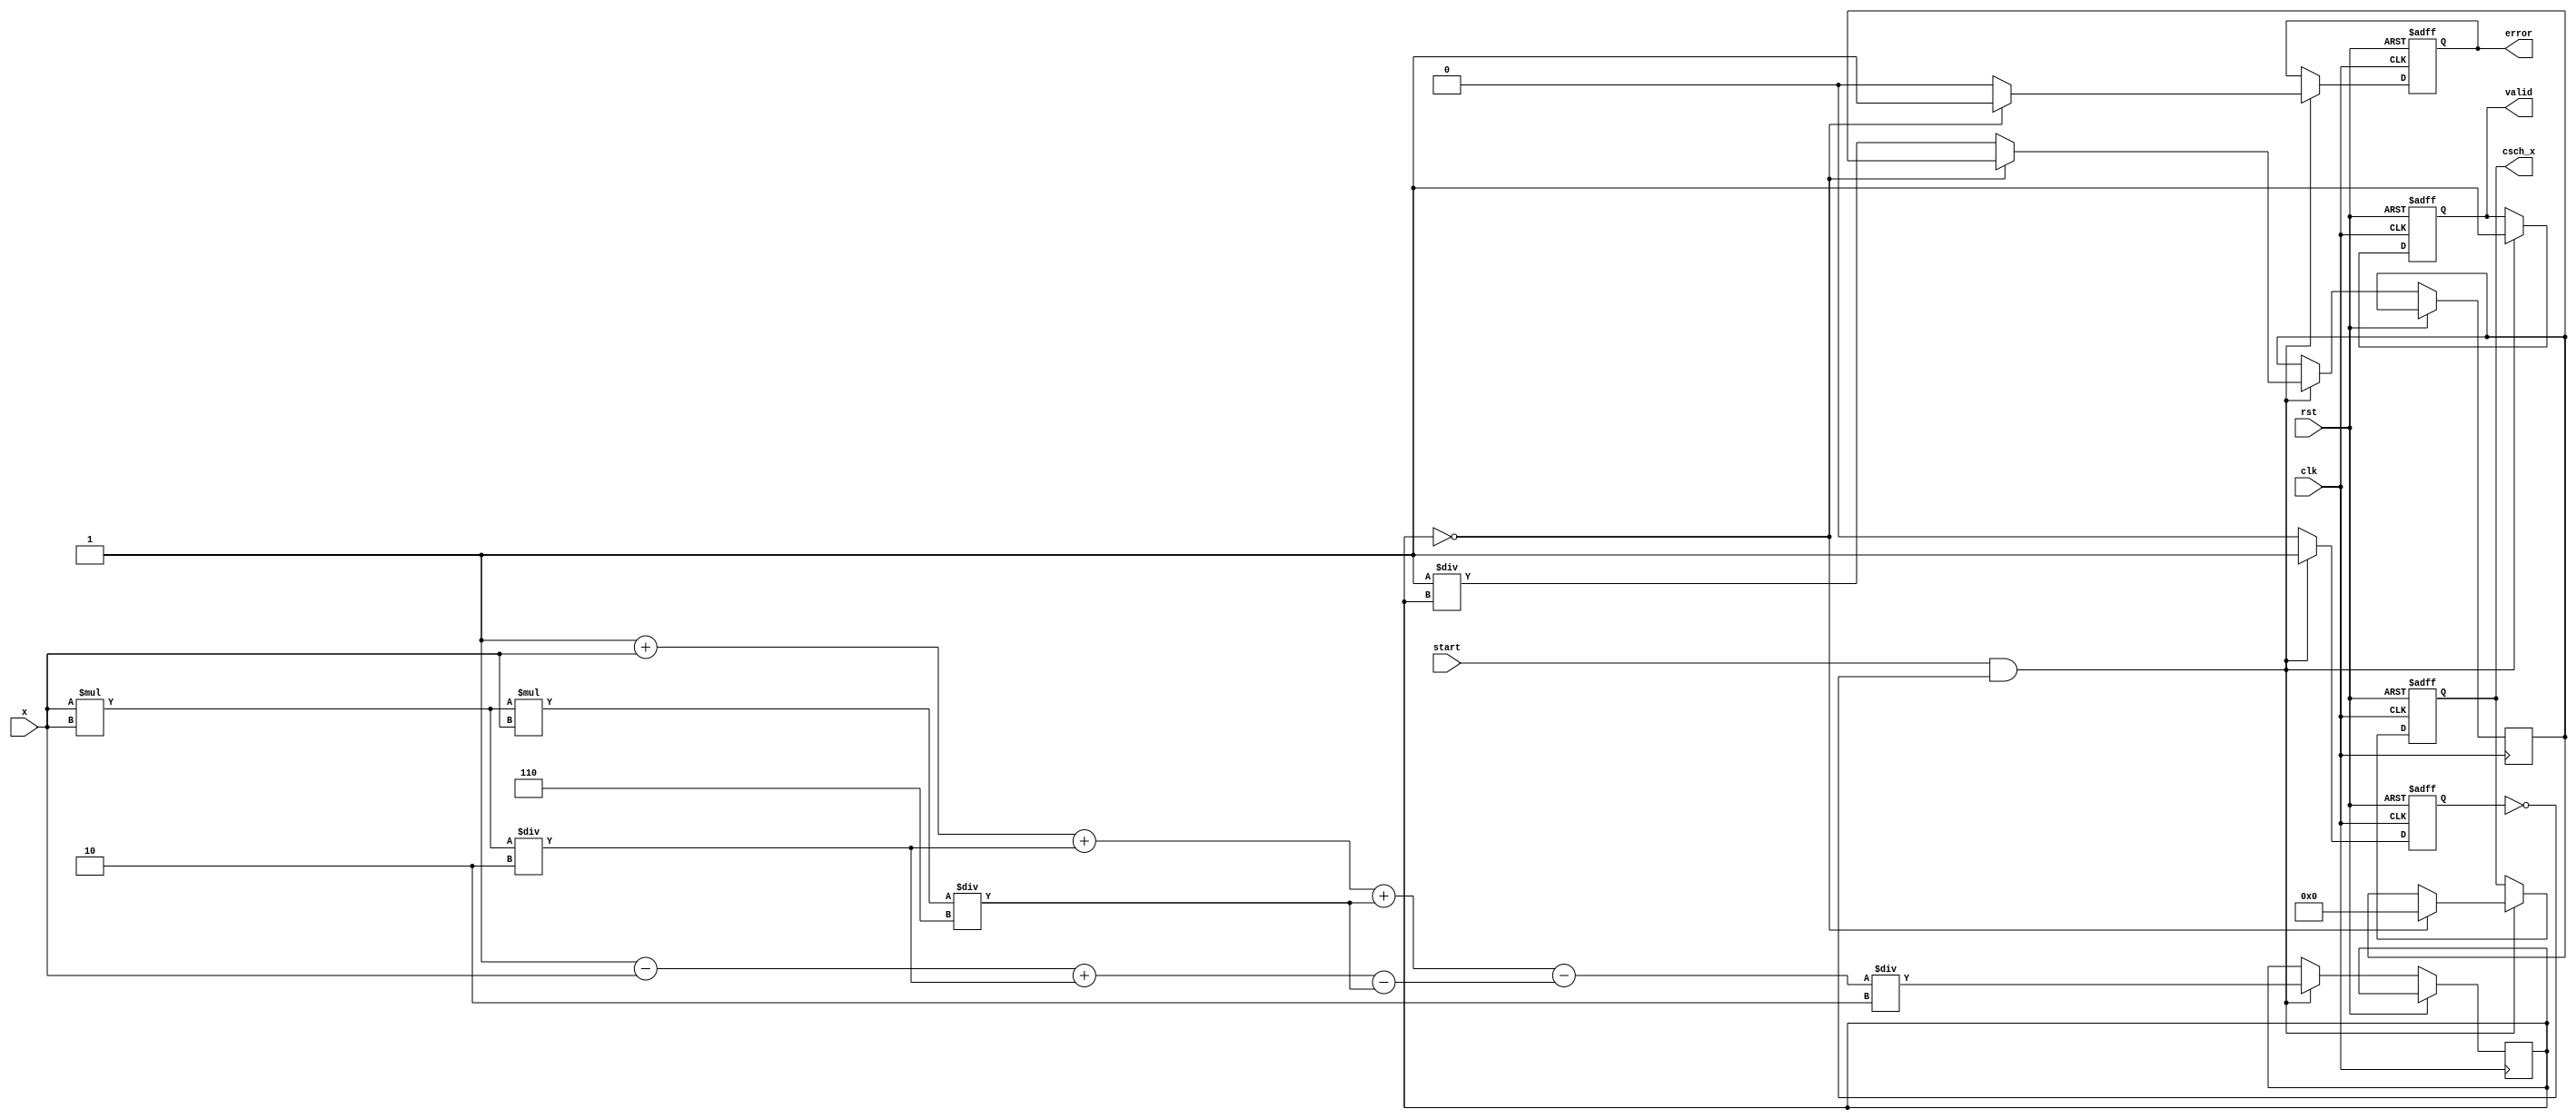
module hyperbolic_cosecant (
    input wire clk,
    input wire rst,
    input wire start,
    input wire [31:0] x, // Assuming IEEE 754 single-precision floating-point input
    output reg [31:0] csch_x, // Output for csch(x)
    output reg valid, // Output valid signal
    output reg error // Error signal
);

    // Internal signals
    reg [31:0] sinh_x;
    reg [31:0] reciprocal;
    reg computing;

    // Hyperbolic sine approximation using Taylor series
    function [31:0] sinh;
        input [31:0] x;
        reg [31:0] exp_x, exp_neg_x;
        begin
            // e^x = (1 + x + x^2/2! + x^3/3! + ...)
            exp_x = 1 + x + (x * x) / 2 + (x * x * x) / 6; // Simplified for small x
            exp_neg_x = 1 - x + (x * x) / 2 - (x * x * x) / 6; // e^-x approximation
            sinh = (exp_x - exp_neg_x) / 2;
        end
    endfunction

    // Compute csch(x) = 1/sinh(x)
    always @(posedge clk or posedge rst) begin
        if (rst) begin
            csch_x <= 32'b0;
            valid <= 1'b0;
            error <= 1'b0;
            computing <= 1'b0;
        end else if (start && !computing) begin
            computing <= 1'b1;
            sinh_x <= sinh(x); // Compute sinh(x)
            if (sinh_x == 32'b0) begin
                error <= 1'b1; // Division by zero
                csch_x <= 32'b0; // Return zero or predefined value
            end else begin
                reciprocal <= 32'b1 / sinh_x; // Compute 1/sinh(x)
                csch_x <= reciprocal;
                error <= 1'b0;
            end
            valid <= 1'b1; // Output is valid
        end else if (computing) begin
            computing <= 1'b0; // Reset computing flag
        end
    end

endmodule